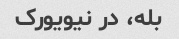
بله، در نیویورک